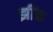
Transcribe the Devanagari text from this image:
झींक